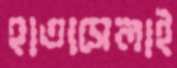
হাতাসেলাই